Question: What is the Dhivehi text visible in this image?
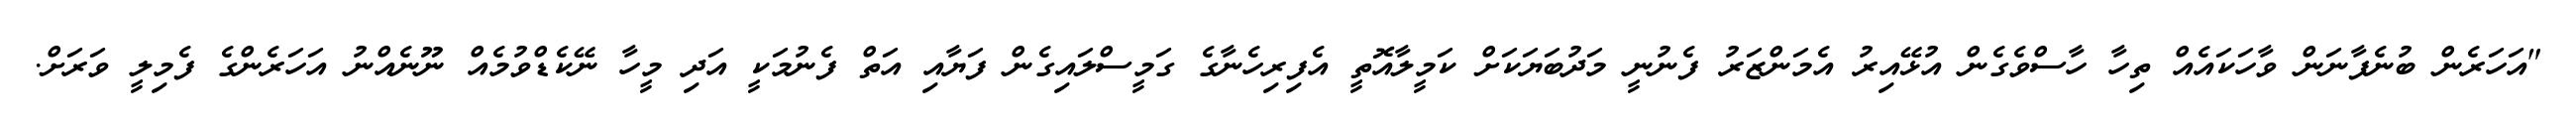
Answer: "އަހަރެން ބުނެފާނަން ވާހަކައެއް ތިހާ ހާސްވެގެން އުޅޭއިރު އެމަންޒަރު ފެނުނީ މަދުބަޔަކަށް ކަމީލާއޮތީ އެފިރިހެނާގެ ގަމީސްލައިގެން ފަޔާއި އަތް ފެނުމަކީ އަދި މީހާ ނޭކެޑްވުމެއް ނޫނެއްނު އަހަރެންގެ ފެމިލީ ވަރަށް.